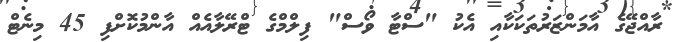
ރާއްޖޭގެ އާމަންޒަރުތަކަކާއި އެކު "ސްޓާ ވޯސް" ފިލްމްގެ ޓްރޭލާއެއް އާންމުކޮށްފި 45 މިނެޓް